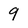
Character: 9